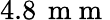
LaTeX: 4.8\, \mathrm{~m~m~}